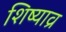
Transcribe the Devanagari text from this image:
शिष्याव्र